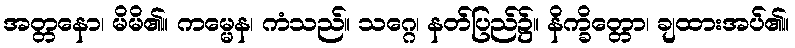
အတ္တနော၊ မိမိ၏။ ကမ္မေန၊ ကံသည်။ သဂ္ဂေ၊ နတ်ပြည်၌။ နိက္ခိတ္တော၊ ချထားအပ်၏။